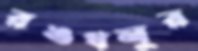
রঙধনুর